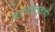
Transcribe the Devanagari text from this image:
कर्णपल्लवों